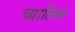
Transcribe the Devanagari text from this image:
च्यालिस